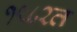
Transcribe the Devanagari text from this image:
१९८२त